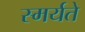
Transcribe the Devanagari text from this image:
स्मर्यते